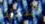
النكتة